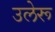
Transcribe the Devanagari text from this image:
उलेरू